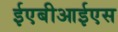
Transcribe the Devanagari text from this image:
ईएबीआईएस